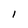
Character: I